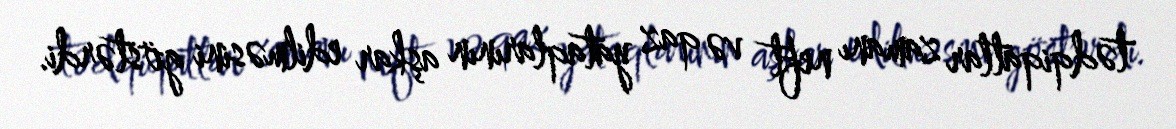
tədqiqatlar zamanı neft və qaz yataqlarının aşkar edilməsini göstərdi.